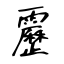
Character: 靂